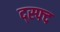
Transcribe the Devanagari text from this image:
द्स्फ्द